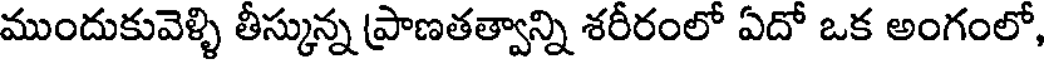
ముందుకువెళ్ళి తీస్కున్న ప్రాణతత్వాన్ని శరీరంలో ఏదో ఒక అంగంలో,